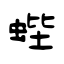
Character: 蜌